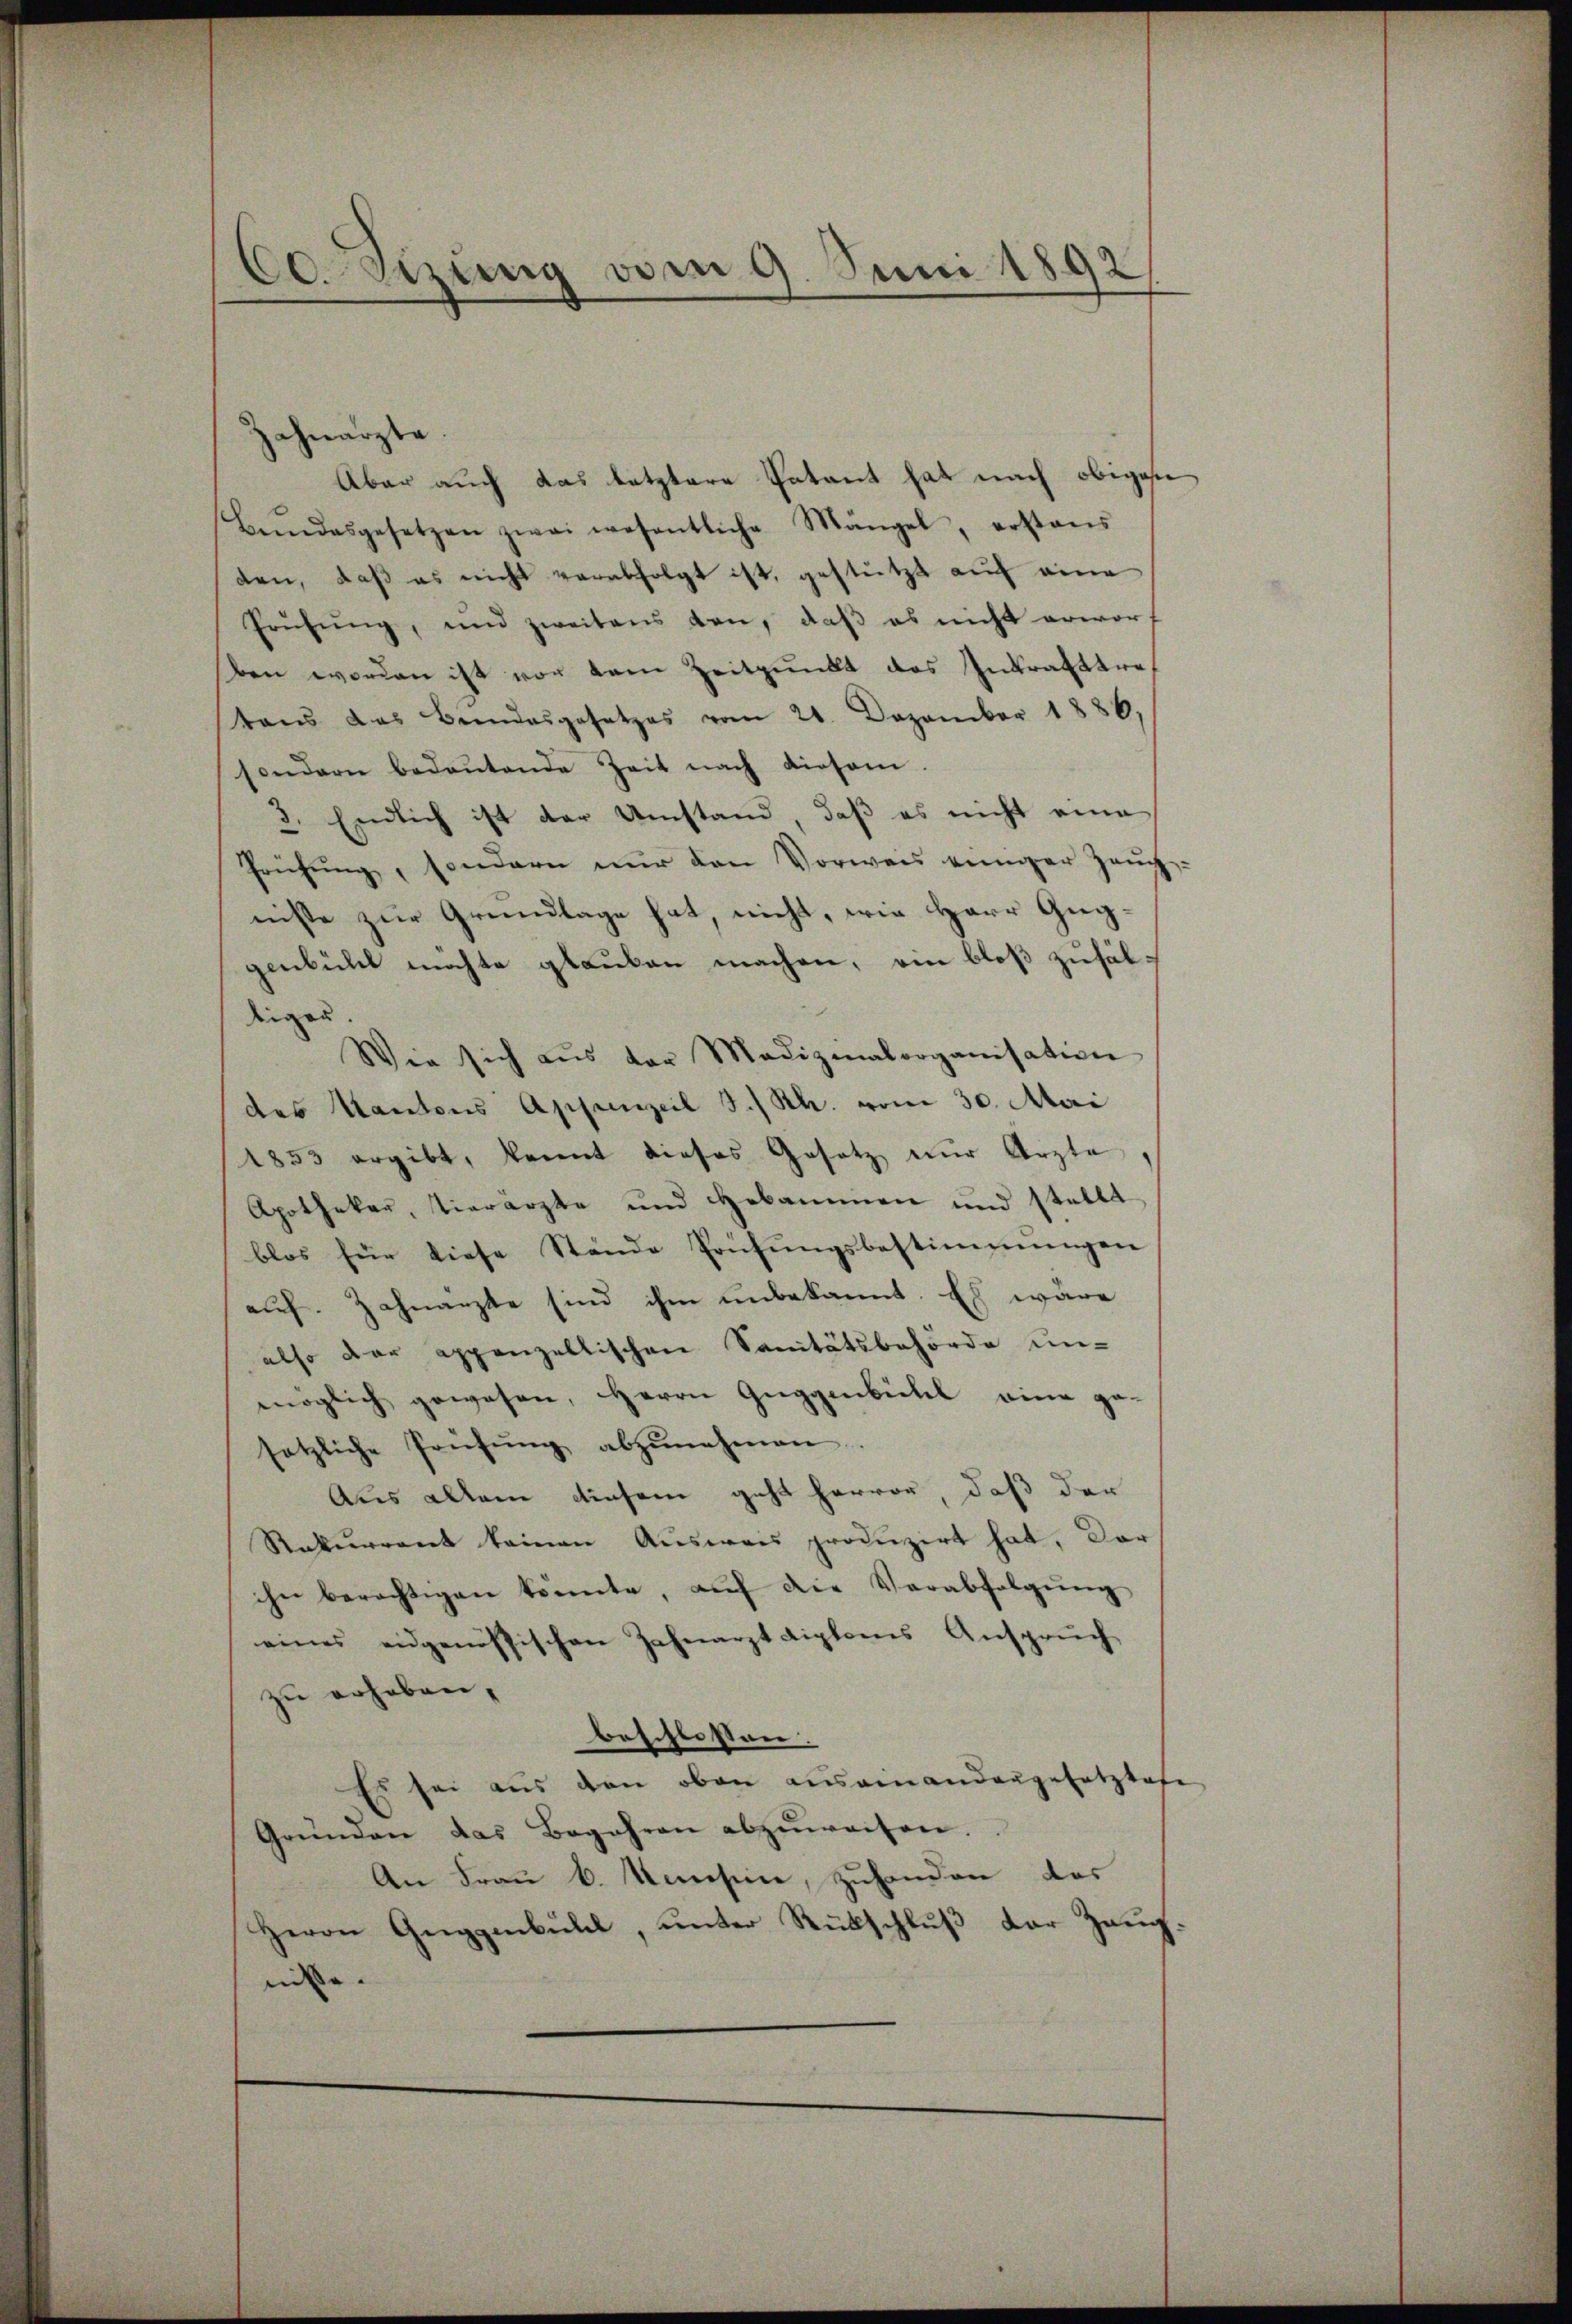
60. Setzung vom 9. Juni 1892

zahnarzte
Aber auch das letztere Patant hat nach obigese
Bundesgesetzen zwai wesentliche Mängel, erstans
den, daß es nicht verabfolgt ist, gestützt auf eine
Prüfung, und zweitens den, daß es nicht erworf
ben worden ist vor dem Zeitpunkt das Inkrafttretens das Bundesgesetzes vom 21. Dezember 1886,
sondern bedeŭtende Zeit nach diesen.
3. Endlich ist der Umstand, daß es nicht eine
Prühŭng, sondern nŭr den Vorweis einiger Zeŭg
niste zur Grundlage hat, nicht, wie Herr Guggenbühl möchte glauben machen, ein bloß zufältiger.
Wie sich aus der Medizinalorganisation
das Kantons Appenzeil S. Rh. vom 30. Mai
1853 ergibt, kannt dieses Gesetz zur Ärzte
Apothekar, tierarzte und Hebammen und stellt
blos für diese Stände Prüfungsbestimmungen
auf. Zahnarzte sind ihm unbekannt. Es wäre
also der appenzellischen Sanitätsbehörde un-
möglich gewesen, Herrn Guggenbühl eine ge-
setzliche Prüfŭng abzŭnehmen.
Aus allem diesem geht hervor, daß der
Rekurrent keinen Aŭsweis produzirt hat. Dar
ihn berechtigen könnte, aŭf die Verabfolgŭng
eines eidgenössischen Zahnarzt diploms Anspruch
zu erhoben,
beschlossen.
Es sei aus den oben auseinandergesetztere
Gründen das Begehren abzuweisen.
An Frau b. Konsein, zuhanden das
Herrn Guggenbülde, unter Rückschluß der Zeug
nisse.